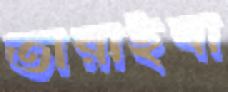
তারাইবা